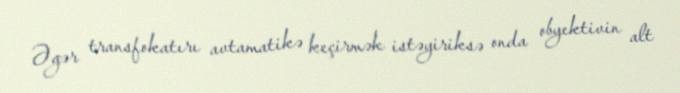
Əgər transfokatırı avtamatikə keçirmək istəyiriksə onda obyektivin alt